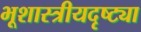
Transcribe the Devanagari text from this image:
भूशास्त्रीयदृष्ट्या